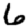
Digit: 6